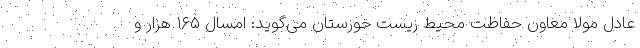
عادل مولا معاون حفاظت محیط زیست خوزستان می‌گوید: امسال ۱۶۵ هزار و